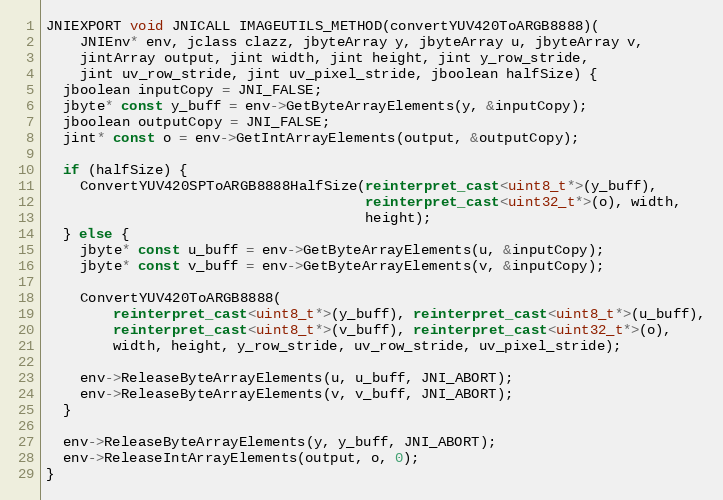
Language: C++
JNIEXPORT void JNICALL IMAGEUTILS_METHOD(convertYUV420ToARGB8888)(
    JNIEnv* env, jclass clazz, jbyteArray y, jbyteArray u, jbyteArray v,
    jintArray output, jint width, jint height, jint y_row_stride,
    jint uv_row_stride, jint uv_pixel_stride, jboolean halfSize) {
  jboolean inputCopy = JNI_FALSE;
  jbyte* const y_buff = env->GetByteArrayElements(y, &inputCopy);
  jboolean outputCopy = JNI_FALSE;
  jint* const o = env->GetIntArrayElements(output, &outputCopy);

  if (halfSize) {
    ConvertYUV420SPToARGB8888HalfSize(reinterpret_cast<uint8_t*>(y_buff),
                                      reinterpret_cast<uint32_t*>(o), width,
                                      height);
  } else {
    jbyte* const u_buff = env->GetByteArrayElements(u, &inputCopy);
    jbyte* const v_buff = env->GetByteArrayElements(v, &inputCopy);

    ConvertYUV420ToARGB8888(
        reinterpret_cast<uint8_t*>(y_buff), reinterpret_cast<uint8_t*>(u_buff),
        reinterpret_cast<uint8_t*>(v_buff), reinterpret_cast<uint32_t*>(o),
        width, height, y_row_stride, uv_row_stride, uv_pixel_stride);

    env->ReleaseByteArrayElements(u, u_buff, JNI_ABORT);
    env->ReleaseByteArrayElements(v, v_buff, JNI_ABORT);
  }

  env->ReleaseByteArrayElements(y, y_buff, JNI_ABORT);
  env->ReleaseIntArrayElements(output, o, 0);
}